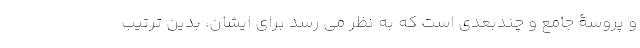
و پروسۀ جامع و چندبُعدی است که به نظر می رسد برای ایشان، بدین ترتیب